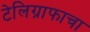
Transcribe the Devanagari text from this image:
टेलिग्राफाचा